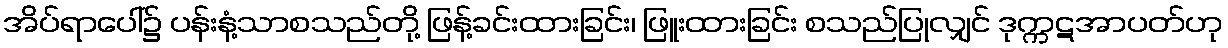
အိပ်ရာပေါ်၌ ပန်းနံ့သာစသည်တို့ ဖြန့်ခင်းထားခြင်း၊ ဖြူးထားခြင်း စသည်ပြုလျှင် ဒုက္ကဋအာပတ်ဟု